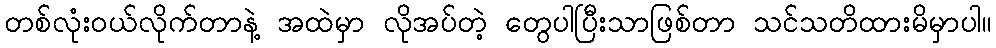
တစ်လုံးဝယ်လိုက်တာနဲ့ အထဲမှာ လိုအပ်တဲ့ တွေပါပြီးသာဖြစ်တာ သင်သတိထားမိမှာပါ။